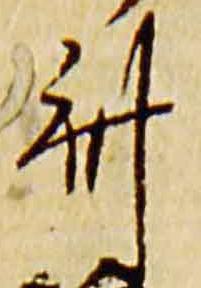
斎